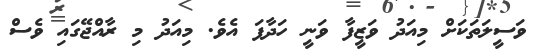
ވަސީލަތަކަށް މިއަދު ވަޒީފާ ވަނީ ހަދާފަ އެވެ. މިއަދު މި ރާއްޖޭގައި ވެސް